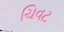
ચિવટ